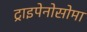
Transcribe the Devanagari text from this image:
ट्राइपेनोसोमा